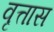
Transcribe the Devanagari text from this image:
वृत्तास